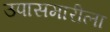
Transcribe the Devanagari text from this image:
उपासमारीला